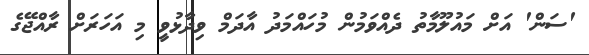
'ސަން' އަށް މައުލޫމާތު ދެއްވަމުން މުހައްމަދު އާދަމް ވިދާޅުވީ މި އަހަރަށް ރާއްޖޭގެ